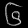
Digit: ၆